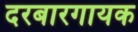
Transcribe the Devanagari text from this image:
दरबारगायक